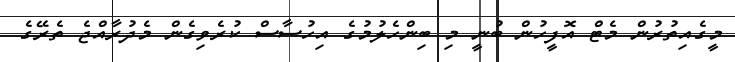
މީގެއިތުރުން މެޓް އޮފީހުން ބުނީ މި ބިންހެލުމުގެ އިހުސާސް ކުރެވިގެން މެދުރާއްޖެ ތެރޭގެ